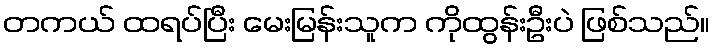
တကယ် ထရပ်ပြီး မေးမြန်းသူက ကိုထွန်းဦးပဲ ဖြစ်သည်။